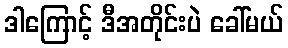
ဒါကြောင့် ဒီအတိုင်းပဲ ခေါ်မယ်